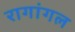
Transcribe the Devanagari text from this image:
रागांगल